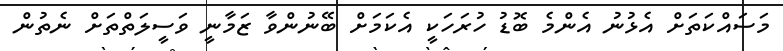
މަސައްކަތަށް އެޅުނު އެންމެ ބޮޑު ހުރަހަކީ އެކަމަށް ބޭނުންވާ ޒަމާނީ ވަސީލަތްތަށް ނެތުން